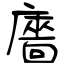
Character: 廧